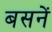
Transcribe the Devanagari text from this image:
बसनें